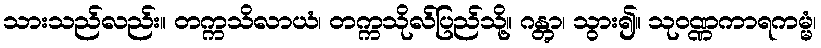
သားသည်လည်း။ တက္ကသိလာယံ၊ တက္ကသိုလ်ပြည်သို့။ ဂန္တွာ၊ သွား၍။ သုဝဏ္ဏကာရကမ္မံ၊